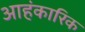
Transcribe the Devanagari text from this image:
आहंकारिक